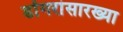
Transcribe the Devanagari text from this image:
डोंगरांसारख्या